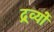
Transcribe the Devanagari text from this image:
द्र्व्यों